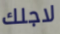
لاجلك